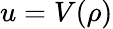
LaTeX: u=V(\rho)